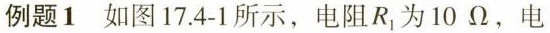
例题1如图17.4-1所示，电阻R_{1}为10Ω，电